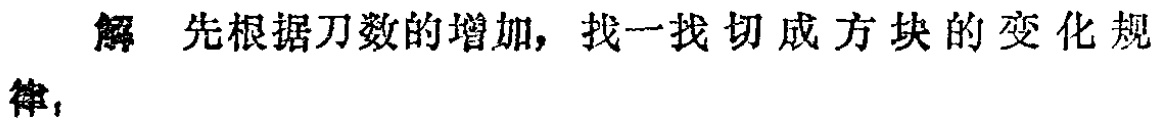
解 先根据刀数的增加，找一找切成方块的变化规律，